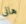
هانى